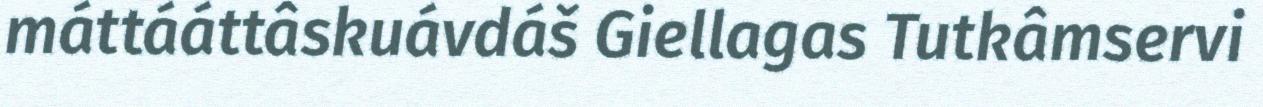
máttááttâskuávdáš Giellagas Tutkâmservi